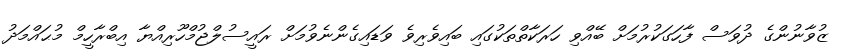
ޒުވާނުންގެ ދުވަސް ފާހަގަކުރުމަށް ބޭއްވި ހަރަކާތްތަކުގައި ބައިވެރިވެ ވަޑައިގެންނެވުމަށް ރައީސުލްޖުމްހޫރިއްޔާ އިބްރާހީމް މުޙައްމަދު